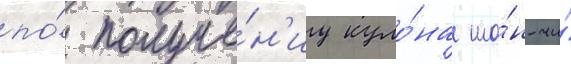
по́ получе́н'иу куло́на ша́н-чи́